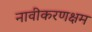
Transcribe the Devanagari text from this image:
नावीकरणक्षम